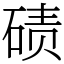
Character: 碛